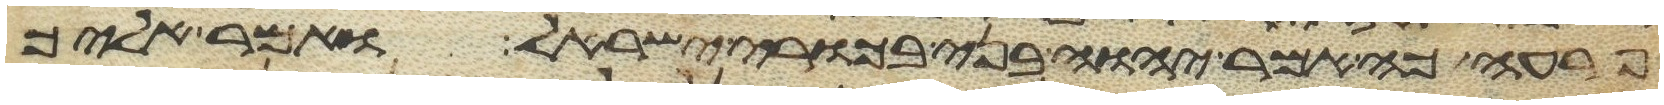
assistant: פרעה כה אמר יהוה בני בכורי ישראל ואמר אליך